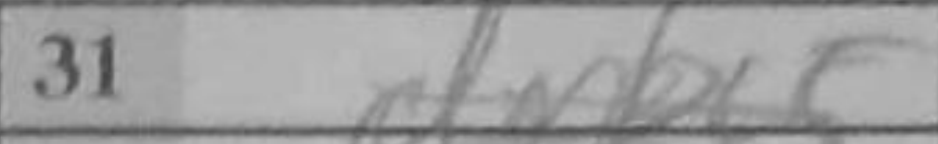
Transcription: dxRc5